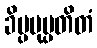
ခိပ္ပမုပ္ပတိတံ